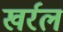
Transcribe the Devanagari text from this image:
खर्रल